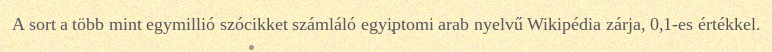
A sort a több mint egymillió szócikket számláló egyiptomi arab nyelvű Wikipédia zárja, 0,1-es értékkel.